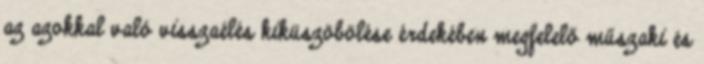
az azokkal való visszaélés kiküszöbölése érdekében megfelelő műszaki és